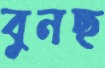
বুনছ